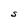
Character: S